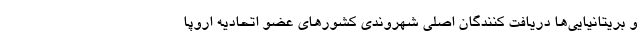
و بریتانیایی‌ها دریافت کنندگان اصلی شهروندی کشورهای عضو اتحادیه اروپا